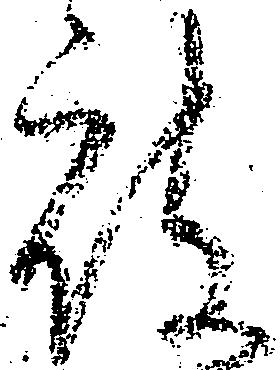
被